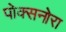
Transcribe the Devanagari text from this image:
पोक्सनोरा